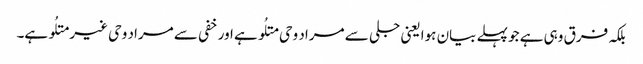
بلکہ فرق وہی ہے جو پہلے بیان ہوا یعنی جلی سے مراد وحی متلُو ہے اور خفی سے مراد وحی غیر متلُو ہے۔